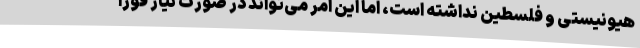
هیونیستی و فلسطین نداشته است، اما این امر می‌تواند در صورت نیاز فوراً